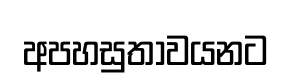
අපහසුතාවයනට